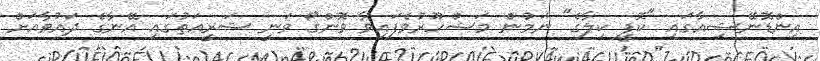
އިންޑޮނޭޝިއާގައި "ކޮފީ ކިލާގެ" ނަމުން މަޝްހޫރުވެފައިވާ ވޮންގޯ ވަނީ ޝަރީއަތުގައި އޭނާގެ ދައުވާއަށް